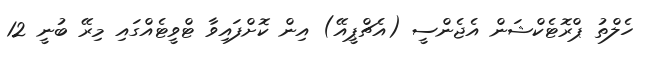
ހެލްތު ޕްރޮޓެކްޝަން އެޖެންސީ (އެޗްޕީއޭ) އިން ކޮށްފައިވާ ޓްވީޓެއްގައި މިރޭ ބުނީ 12